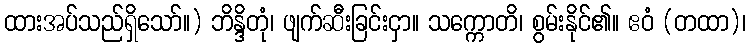
ထားအပ်သည်ရှိသော်။) ဘိန္ဒိတုံ၊ ဖျက်ဆီးခြင်းငှာ။ သက္ကောတိ၊ စွမ်းနိုင်၏။ ဧဝံ (တထာ)၊